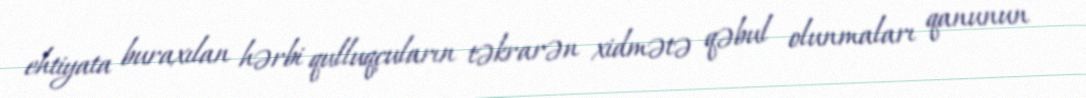
ehtiyata buraxılan hərbi qulluqçuların təkrarən xidmətə qəbul olunmaları qanunun